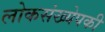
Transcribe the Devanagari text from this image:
लोकसंख्येपकी